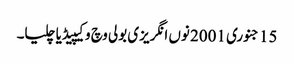
15 جنوری 2001 نوں انگریزی بولی وچ وکیپیڈیا چلیا۔